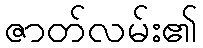
ဇာတ်လမ်း၏